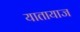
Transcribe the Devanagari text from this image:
यातायाज